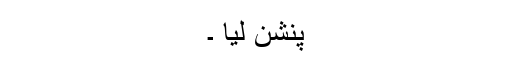
پنشن لیا ۔